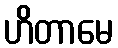
ဟိတာမေ